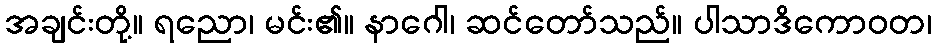
အချင်းတို့။ ရညော၊ မင်း၏။ နာဂေါ၊ ဆင်တော်သည်။ ပါသာဒိကောဝတ၊